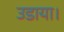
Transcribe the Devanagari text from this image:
उडाया।